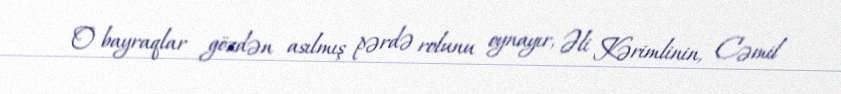
O bayraqlar gözdən asılmış pərdə rolunu oynayır, Əli Kərimlinin, Cəmil